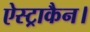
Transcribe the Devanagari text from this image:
ऐस्ट्राकैन।